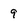
Character: 9